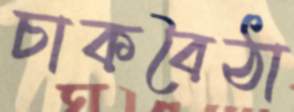
চাকবৈঠা